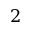
2